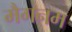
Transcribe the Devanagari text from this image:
मैगनम